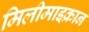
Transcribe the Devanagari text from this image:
मिलीमाइक्रान